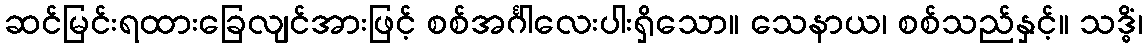
ဆင်မြင်းရထားခြေလျင်အားဖြင့် စစ်အင်္ဂါလေးပါးရှိသော။ သေနာယ၊ စစ်သည်နှင့်။ သဒ္ဓိံ၊